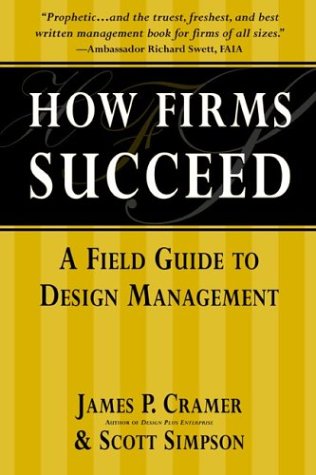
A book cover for How Firms Succeed: A Field Guide to Design Management; James P. Cramer; Arts & Photography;